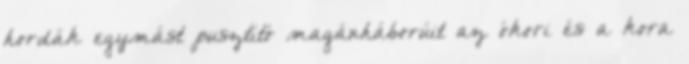
hordák egymást pusztító magánháborúit az ókori és a kora